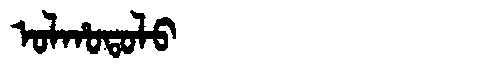
Manchu: ᠣᠯᡥᠣᡨᠣᠯᠣ
Romanization: OLHOTOLO